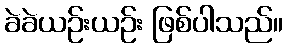
ခဲခဲယဉ်းယဉ်း ဖြစ်ပါသည်။